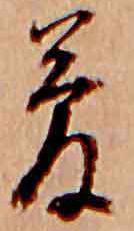
夢